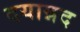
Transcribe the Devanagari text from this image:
दयान्नद